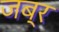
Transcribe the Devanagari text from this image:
जब्र